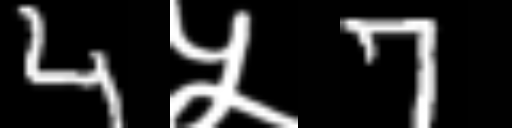
Text: 4५7